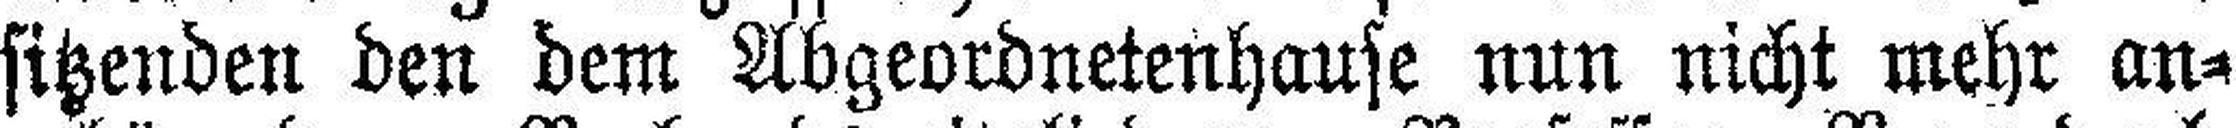
sitzenden den dem Abgeordnetenhause nun nicht mehr an¬